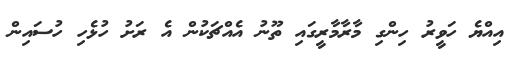
އިއްޔެ ހަވީރު ހިންގި މާރާމާރީގައި ތޫނު އެއްޗަކުން އެ ރަށު ހުޅެހި ހުސައިން